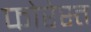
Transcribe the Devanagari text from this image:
फोरेस्त